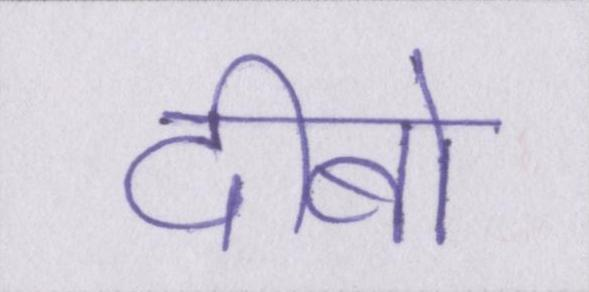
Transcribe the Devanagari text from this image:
दीबो